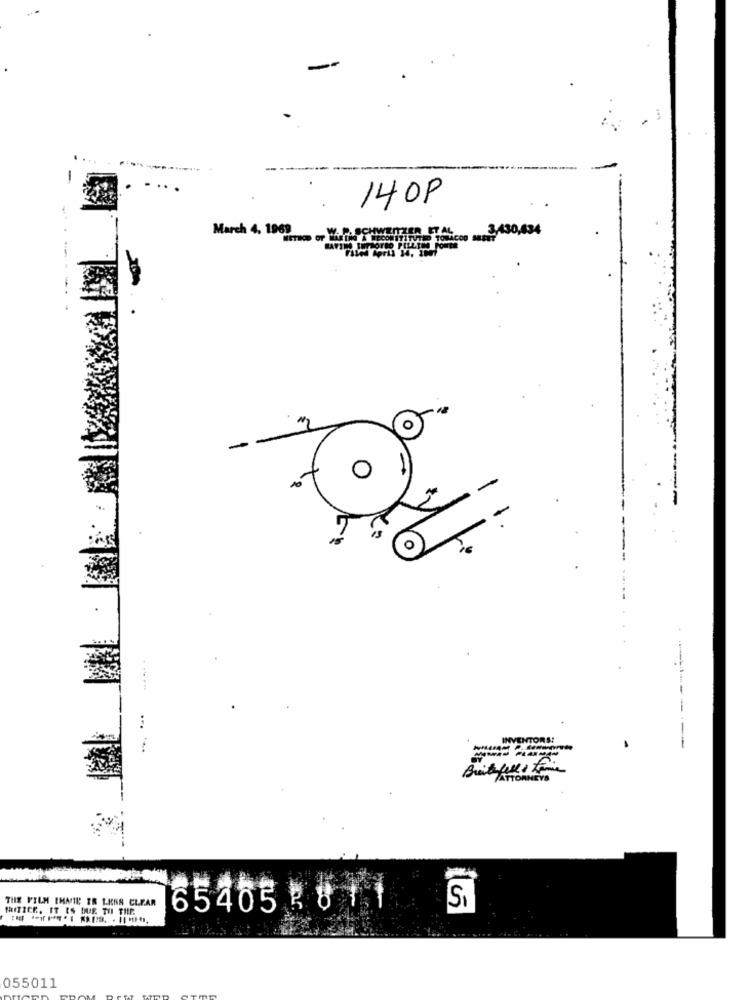
140P
March 4. 1969
Tocon nc8 430,434
INVENTORS!
-
-
FATTORNEYS
THE FILM IHATE ER LKER CLEAR
HAITICE, IT IS DUE TO THE.
654653811
Si
055011